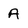
Character: A